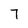
Character: 7